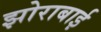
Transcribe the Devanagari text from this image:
झोराबाई